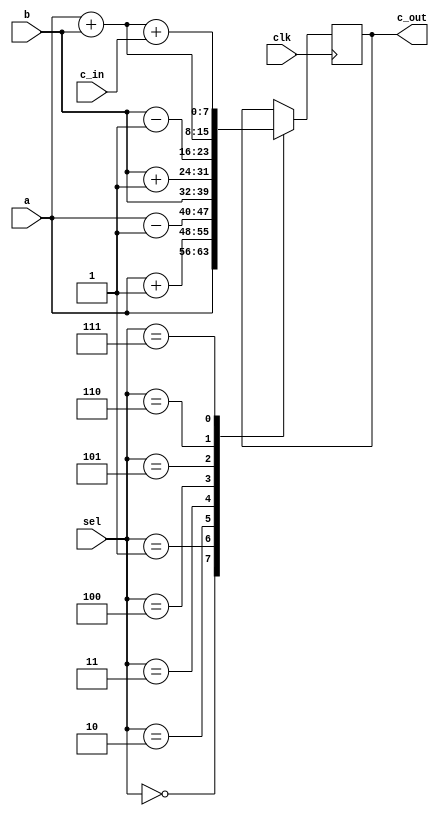
`timescale 1ns / 1ps
//////////////////////////////////////////////////////////////////////////////////
// Company: 
// Engineer: 
// 
// Design Name: 
// Module Name:    arithmatic_unit 
// Project Name: 
// Target Devices: 
// Tool versions: 
// Description: 
//
// Dependencies: 
//
// Revision: 
// Revision 0.01 - File Created
// Additional Comments: 
//
//////////////////////////////////////////////////////////////////////////////////
module arithmatic_unit(
a,
b,
clk,
sel,
c_in,
c_out
    );

input wire [7:0] a;
input wire [7:0] b;
input clk;
input wire [3:0] sel;
input wire c_in;
output wire [7:0] c_out;

reg [7:0] res;

always @(posedge clk)
begin
	case (sel) 
		0 : res = a; 
		1 : res = a + 1; 
		2 : res = a - 1;   
		3 : res = b;
		4 : res = b+1;
		5 : res = b-1;
		6 : res = a+b;
		7 : res = a+b+c_in;		
		default : $display("Error in SEL"); 
 endcase 
end

assign c_out = res;

endmodule